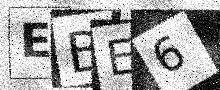
Text: EBE6